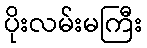
ပိုးလမ်းမကြီး